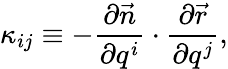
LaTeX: \kappa_{ij}\equiv-\frac{\partial\vec{n}}{\partial q^{i}}\cdot\frac{\partial\vec{r}}{\partial q^{j}},